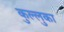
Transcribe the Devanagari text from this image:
कुल्लुका